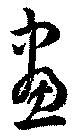
畫